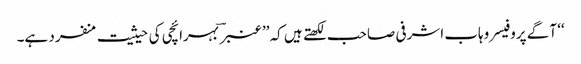
‘‘ آگے پروفیسر وہاب اشرفی صاحب لکھتے ہیں کہ ’’عنبر ؔ بہرائچی کی حیثیت منفرد ہے۔